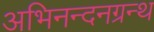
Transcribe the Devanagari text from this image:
अभिनन्दनग्रन्थ